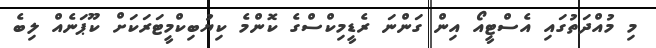
މި މުއްދަތުގައި އެސްޓީއޯ އިން ގަންނަ ރެޑީމިކްސްގެ ކޮންމެ ކިޔުބިކްމީޓަރަކަށް ކޫޕަނެއް ލިބެ